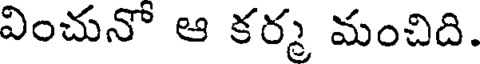
వించునో ఆ కర్మ మంచిది.